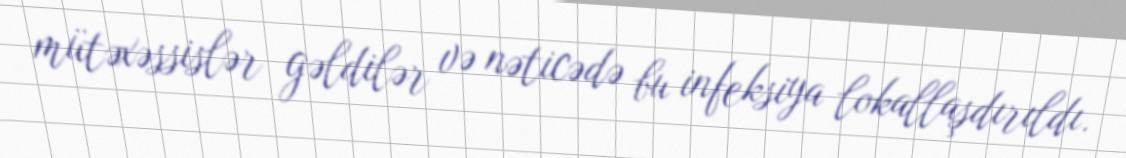
mütəxəssislər gəldilər və nəticədə bu infeksiya lokallaşdırıldı.